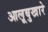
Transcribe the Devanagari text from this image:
आलूबुखारे